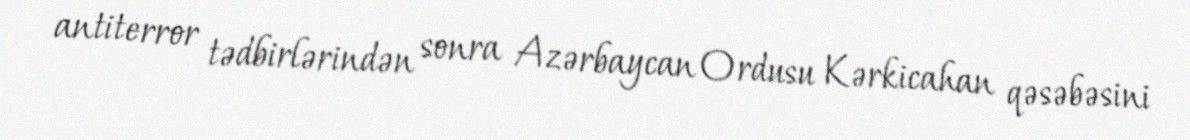
antiterror tədbirlərindən sonra Azərbaycan Ordusu Kərkicahan qəsəbəsini